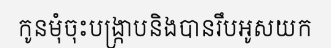
កូនមុំចុះបង្ក្រាបនិងបានរឹបអូសយក